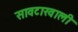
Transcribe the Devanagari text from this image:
सावटाखाली